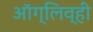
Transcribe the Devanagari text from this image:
ऑग्लिव्ही